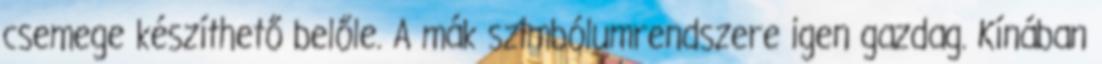
csemege készíthető belőle. A mák szimbólumrendszere igen gazdag. Kínában